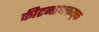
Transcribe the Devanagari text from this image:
कीटनाशकयुक्त